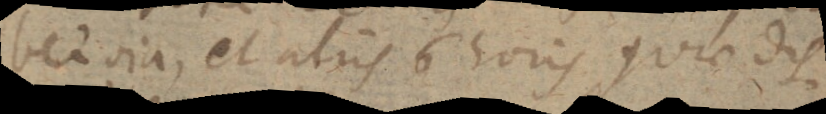
bet omnia, et aliis 6 horis quae dis